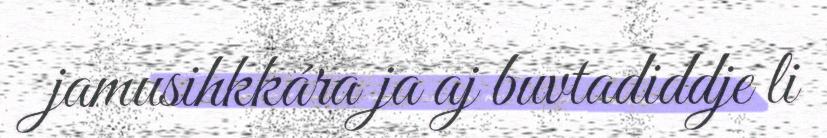
jamusihkkára ja aj buvtadiddje li